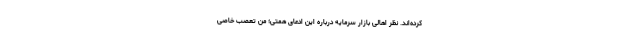
کرده‌اند. نظر اهالی بازار سرمایه درباره این ادعای همتی؛ من تعصب خاصی